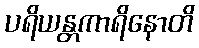
ပရိယန္တကာရိနောတိ